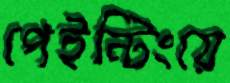
পেইন্টিংয়ে